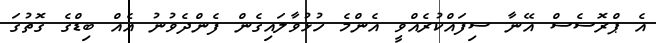
އެ ޕްރޮސެސް އޭނާ ސިފައްކުރެއްވީ އެންމެ ހުޅުވާލައިގެން ފެންދެވުނު އެއް ބިޑްގެ ގޮތުގަ